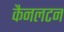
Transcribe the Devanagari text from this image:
कैनलटन